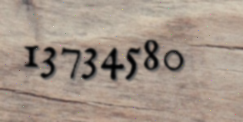
13734580